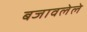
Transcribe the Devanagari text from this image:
बजावलेले